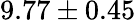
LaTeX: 9.77\pm 0.45